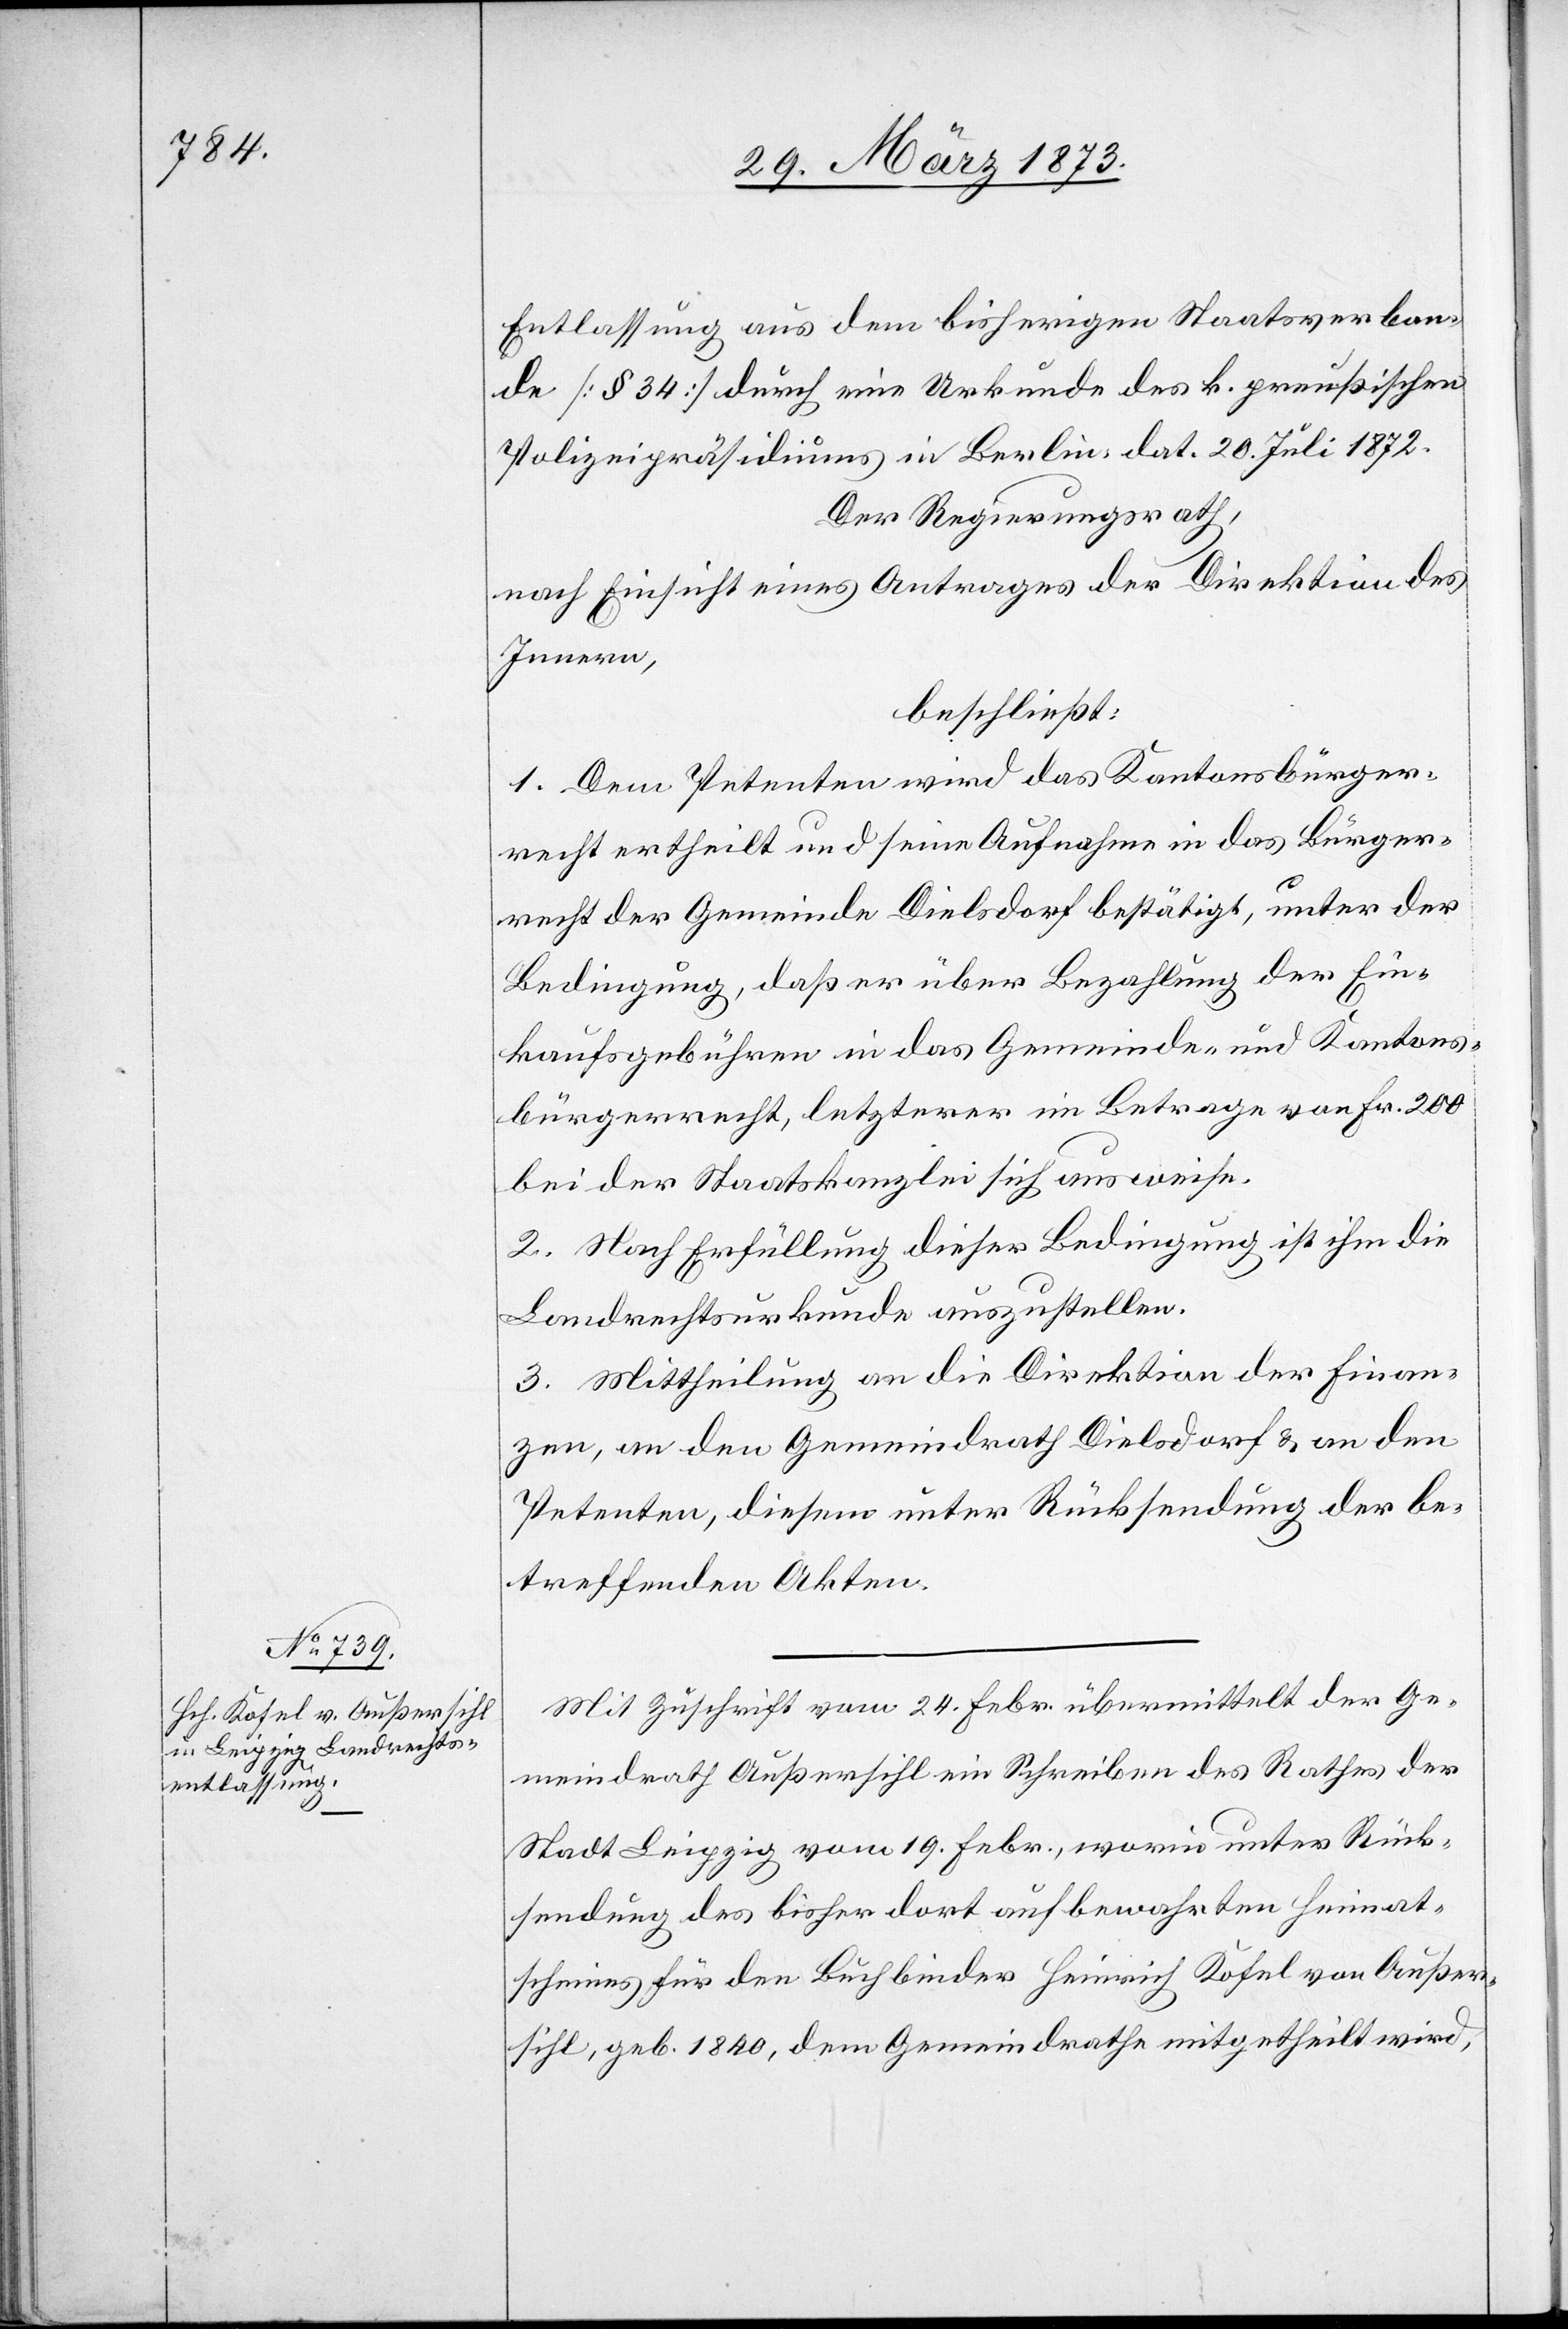
Entlassung aus dem bisherigen Staatsverban¬
de [§ 34] durch eine Urkunde des k. Preußischen
Polizeipräsidiums in Berlin, dat. 20. Juli 1872.
Der Regierungsrath,
nach Einsicht eines Antrages der Direktion des
Innern,
beschließt:
1. Dem Petenten wird das Kantonsbürger¬
recht ertheilt und seine Aufnahme in das Bürger¬
recht der Gemeinde Dielsdorf bestätigt, unter der
Bedingung, daß er über Bezahlung der Ein¬
kaufsgebühren in das Gemeinde- und Kantons¬
bürgerrecht, letzterer im Betrage von Fr. 200
bei der Staatskanzlei sich ausweise.
2. Nach Erfüllung dieser Bedingung ist ihm die
Landrechtsurkunde auszustellen.
3. Mittheilung an die Direktion der Finan¬
zen, an den Gemeindrath Dielsdorf u. an den
Petenten, diesem unter Rücksendung der be¬
treffenden Akten.
Mit Zuschrift vom 24. Febr. übermittelt der Ge¬
meindrath Außersihl ein Schreiben des Rathes der
Stadt Leipzig vom 19. Febr., worin unter Rück¬
sendung des bisher dort aufbewahrten Heimat¬
scheines für den Buchbinder Heinrich Kosel von Außer¬
sihl, geb. 1840, dem Gemeindrathe mitgetheilt wird,